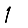
Digit: 1